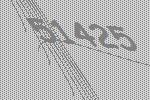
51425